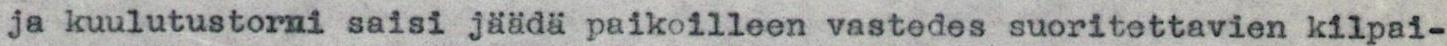
ja kuulutustorni saisi jäädä paikoilleen vastedes suoritettavien kilpai-